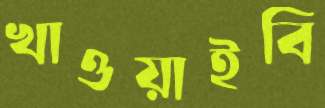
খাওয়াইবি